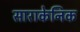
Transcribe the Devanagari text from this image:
साराकेनिक